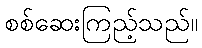
စစ်ဆေးကြည့်သည်။